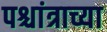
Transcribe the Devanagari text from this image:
पश्चांत्राच्या